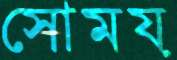
সোময়